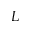
L